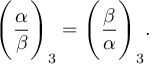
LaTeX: { \Bigg ( } { \frac { \alpha } { \beta } } { \Bigg ) } _ { 3 } = { \Bigg ( } { \frac { \beta } { \alpha } } { \Bigg ) } _ { 3 } .